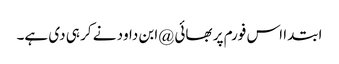
ابتدا اس فورم پر بھائی @ابن داود نے کر ہی دی ہے۔